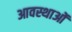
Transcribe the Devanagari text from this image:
आवस्थाओं